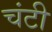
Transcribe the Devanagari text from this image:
चंटी